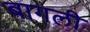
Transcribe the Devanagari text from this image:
बागली